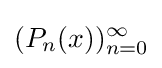
(P_{n}(x))_{n=0}^{\infty }